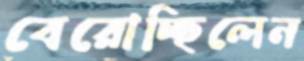
বেরোচ্ছিলেন